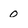
Character: o